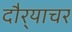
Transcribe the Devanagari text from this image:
दौर्‍याचर